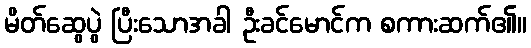
မိတ်ဆွေပွဲ ပြီးသောအခါ ဦးခင်မောင်က စကားဆက်၏။